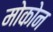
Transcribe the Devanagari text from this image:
मोकोन